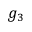
g _ { 3 }